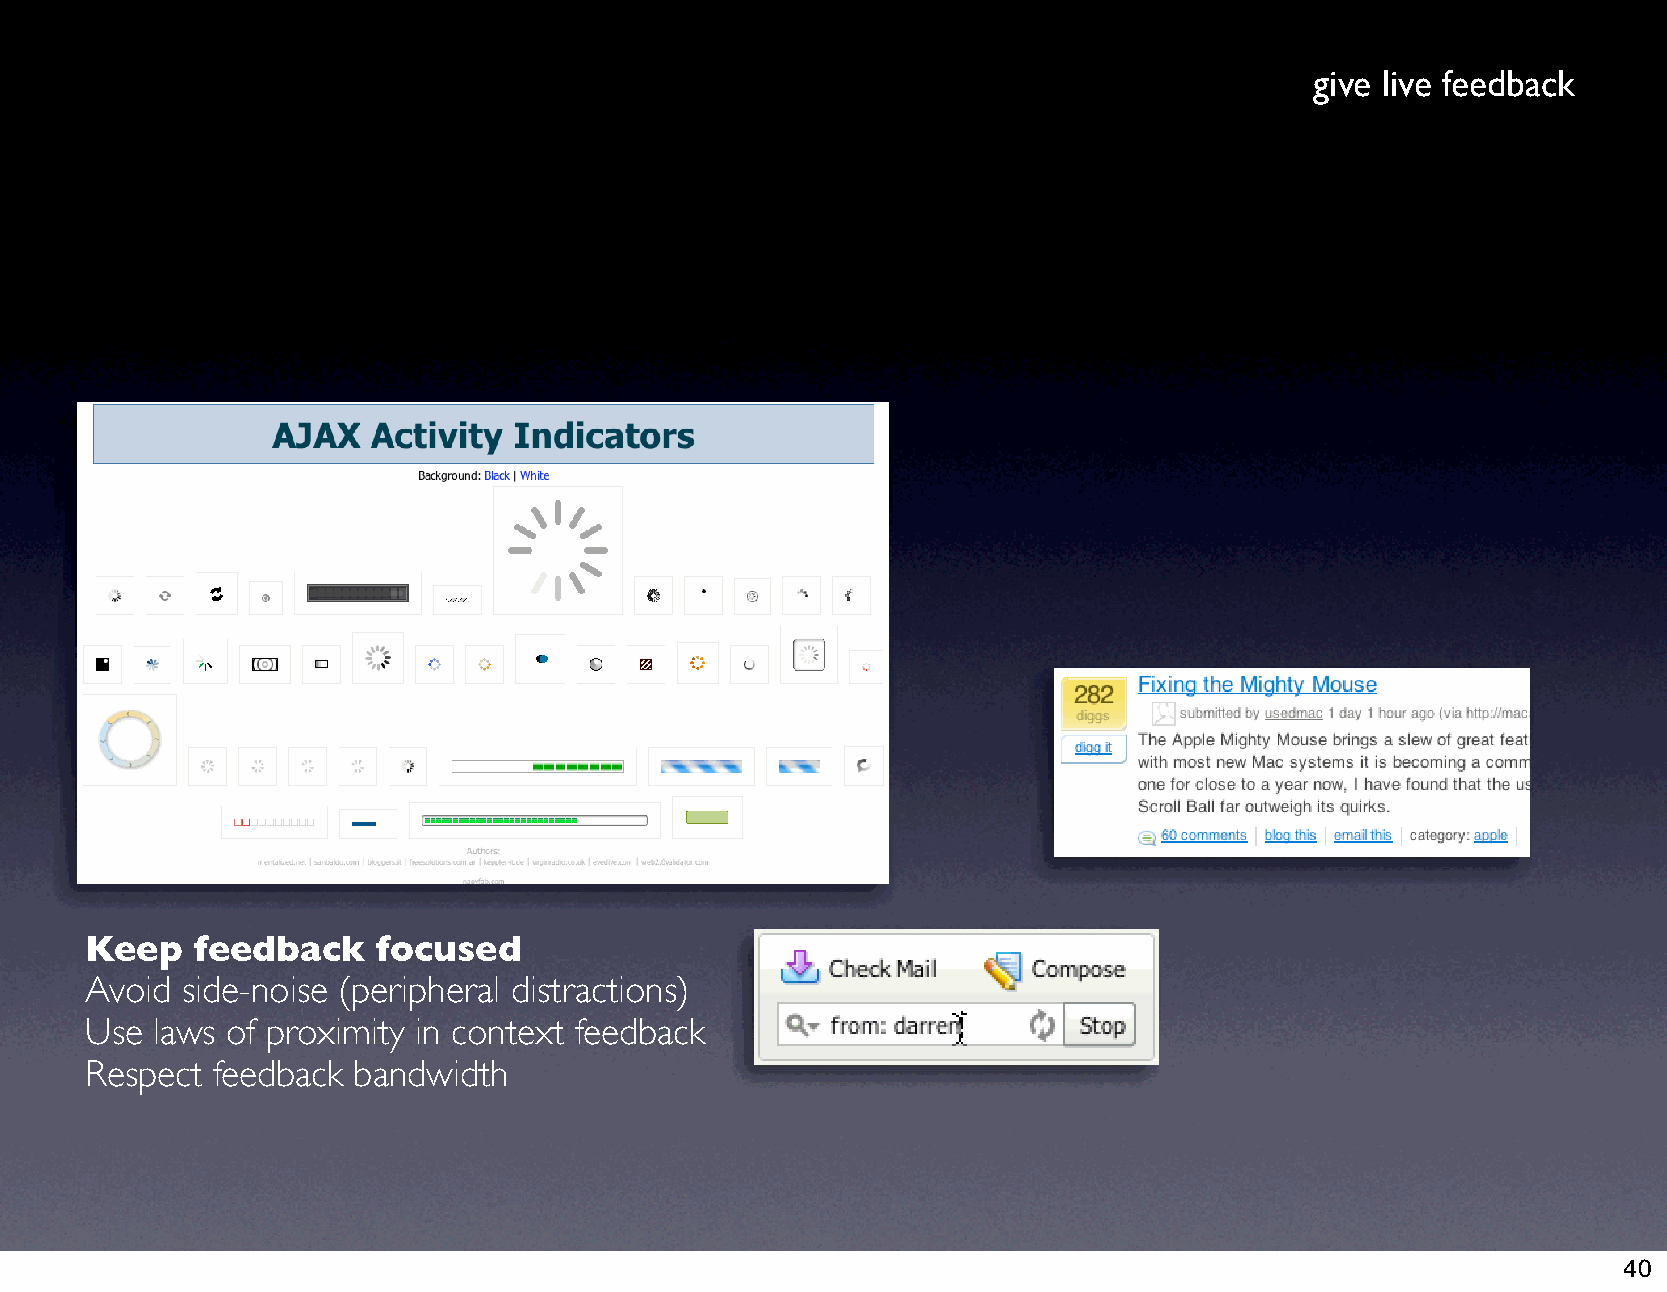
give live feedback
 Keep   feedback    focused
 Avoid side-noise (peripheral distractions)
 Use laws of proximity in context feedback
 Respect feedback bandwidth
 40